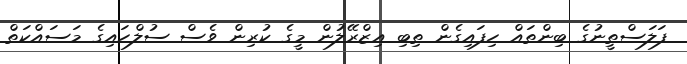
ފަލަސްތީނުގެ ބިންތައް ހިފައިގެން ތިބި އިޒްރޭލުން މީގެ ކުރިން ވެސް ސުލްހައިގެ މަސައްކަތް